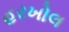
હરખોલ